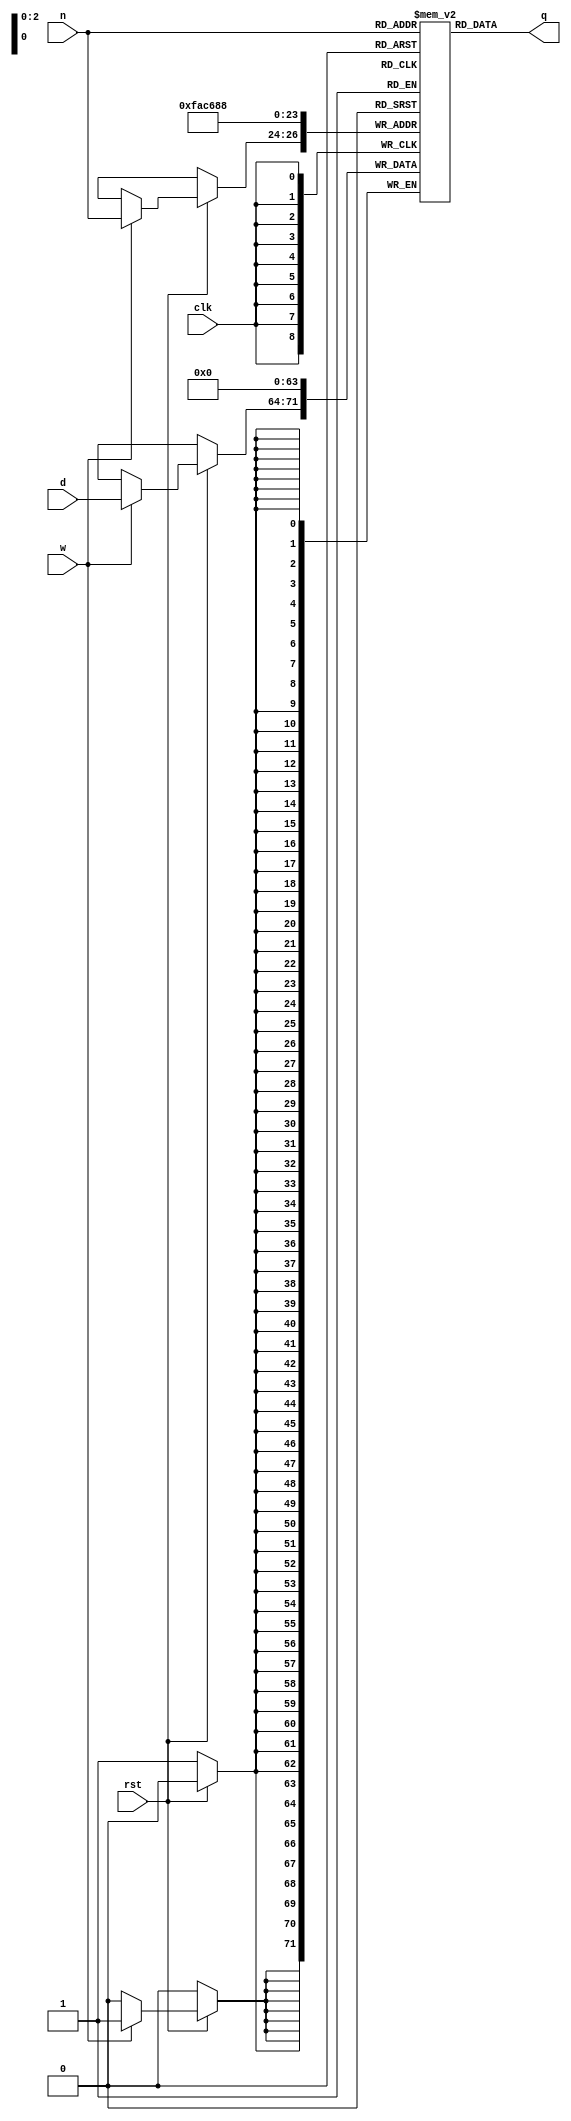
`timescale 1ns / 1ps
//////////////////////////////////////////////////////////////////////////////////
// Company: 
// Engineer: 
// 
// Design Name: 
// Module Name: regfile
// Project Name: 
// Target Devices: 
// Tool Versions: 
// Description: 
// 
// Dependencies: 
// 
// Revision:
// Revision 0.01 - File Created
// Additional Comments:
// 
//////////////////////////////////////////////////////////////////////////////////


module regfile(d, n, w, clk, rst, q);
    input[7:0] d;
    input[2:0] n;
    input w, clk, rst;
    output[7:0] q;
    reg[7:0] regf[0:7];
    integer i;

    always @(posedge clk) begin
        if(rst == 1'b0)
            for(i=0; i<8; i=i+1)
                regf[i] <= 8'b00000000;
        else if(w == 1'b1)
            regf[n] <= d;
    end

    assign q = regf[n];
endmodule